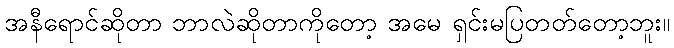
အနီရောင်ဆိုတာ ဘာလဲဆိုတာကိုတော့ အမေ ရှင်းမပြတတ်တော့ဘူး။